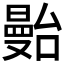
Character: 𱢶